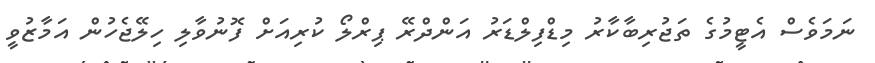
ނަމަވެސް އެޓީމުގެ ތަޖުރިބާކާރު މިޑްފިލްޑަރު އަންދްރޭ ޕިރްލޯ ކުރިއަށް ފޮނުވާލި ހިލޭޖެހުން އަމާޒުވީ